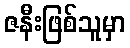
ဇနီးဖြစ်သူမှာ